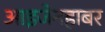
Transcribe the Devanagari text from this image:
आइजेनहाबर